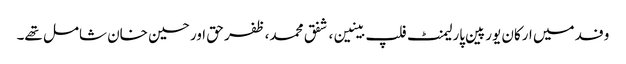
وفد میں ارکان یورپین پارلیمنٹ فلپ بینین، شفق محمد، ظفر حق اور حسین خان شامل تھے۔